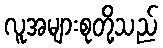
လူအများစုတို့သည်